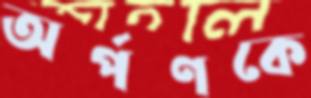
অর্পণকে